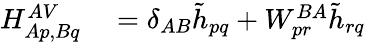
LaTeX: \begin{array}{rl}{H_{Ap,Bq}^{AV}}&{{}=\delta_{AB}\tilde{h}_{pq}+W_{pr}^{BA}\tilde{h}_{rq}}\end{array}